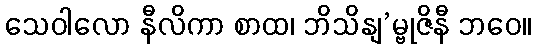
သေဝါလော နီလိကာ စာထ၊ ဘိသိနျ’မ္ဗုဇိနီ ဘဝေ။